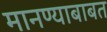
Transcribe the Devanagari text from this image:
मानण्याबाबत